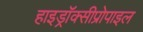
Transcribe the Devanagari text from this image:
हाइड्रॉक्सीप्रोपाइल